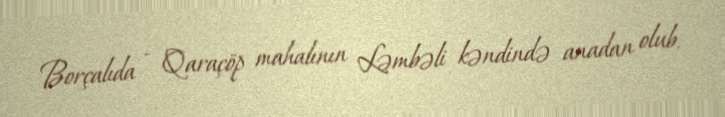
Borçalıda - Qaraçöp mahalının Ləmbəli kəndində anadan olub.